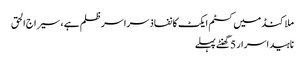
ملاکنڈ میں کسٹم ایکٹ کا نفاذ سراسر ظلم ہے ، سیراج الحق
ناہید اسرار 5 گھنٹے پہلے